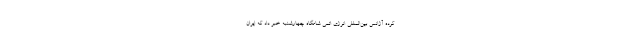
کرده آژانس بین‌المللی انرژی اتمی شامگاه چهارشنبه خبر داد که ایران